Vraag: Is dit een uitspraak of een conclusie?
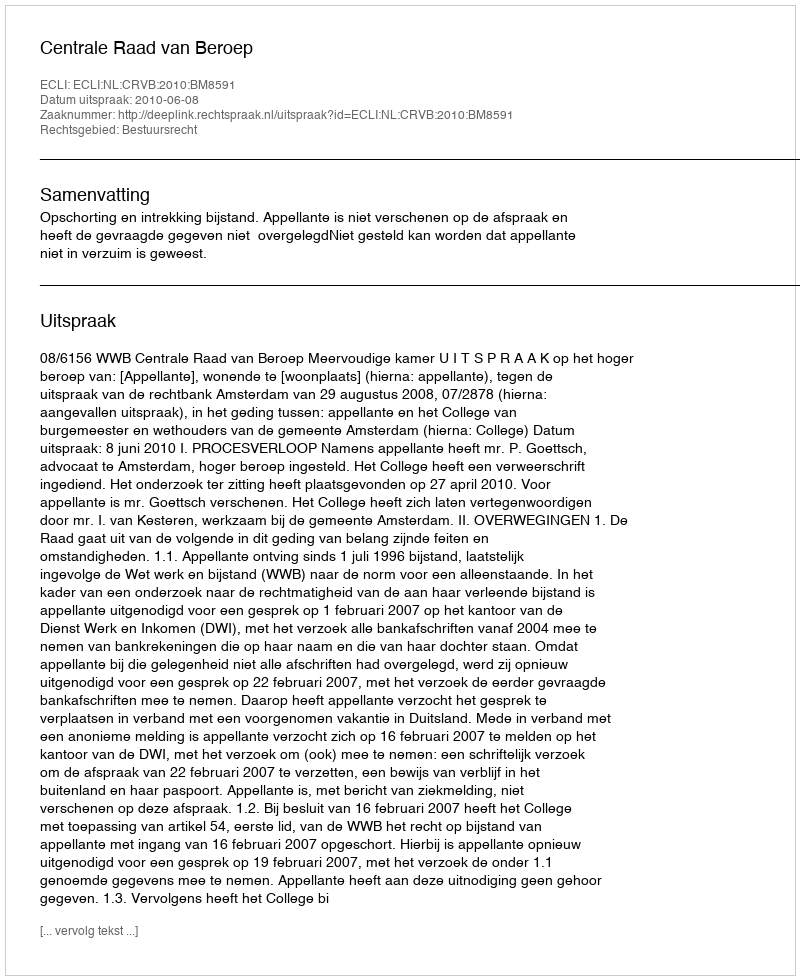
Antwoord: Uitspraak